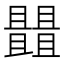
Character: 𠁠